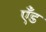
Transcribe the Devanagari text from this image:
एँड